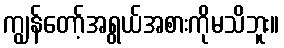
ကျွန်တော့်အရွယ်အစားကိုမသိဘူး။